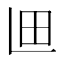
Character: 𮴽